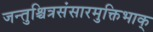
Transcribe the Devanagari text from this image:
जन्तुश्चित्रसंसारमुक्तिभाक्